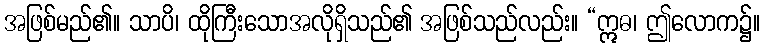
အဖြစ်မည်၏။ သာပိ၊ ထိုကြီးသောအလိုရှိသည်၏ အဖြစ်သည်လည်း။ “ဣဓ၊ ဤလောက၌။